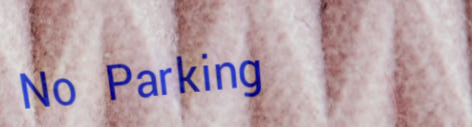
No Parking